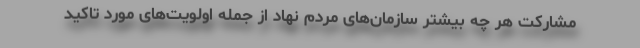
مشارکت هر چه بیشتر سازمان‌های مردم نهاد از جمله اولویت‌های مورد تاکید